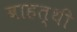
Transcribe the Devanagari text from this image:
बाहत्थी